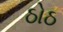
ઠોઠ